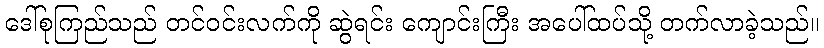
ဒေါ်စုကြည်သည် တင်ဝင်းလက်ကို ဆွဲရင်း ကျောင်းကြီး အပေါ်ထပ်သို့ တက်လာခဲ့သည်။